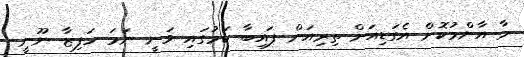
މާ އާންމުކޮށް އެގަޑިއަށް ތިރިއަށް ފައިބާ ކަމުގައި ވަނީ ނަމަ ހަފިޒާ ނޫނީ